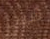
شيب